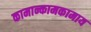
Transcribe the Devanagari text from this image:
कामान्कामकामाय